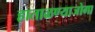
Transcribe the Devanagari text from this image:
हाताळण्याजोगा